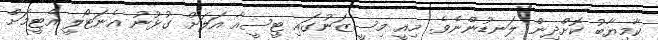
ކާމިޔާބު ކޮށްދިން ލަނޑުންނެވެ. މިއީ މިސީޒަނުގައި ޓީސީއާ އަލަށް ގުޅުނު އެނަޓޯލީ އެޓީމަށް